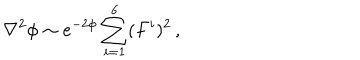
\nabla ^ { 2 } \phi \sim e ^ { - 2 \phi } \sum _ { i = 1 } ^ { 6 } ( F ^ { i } ) ^ { 2 } \, ,